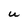
Character: U